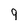
Character: 9